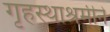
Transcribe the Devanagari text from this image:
गृहस्थाश्रमीने